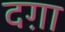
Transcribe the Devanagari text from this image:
दग़ा